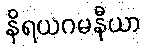
နိရယဂမနီယာ